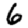
Digit: 6